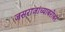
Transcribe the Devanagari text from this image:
जसराजांच्याबरोबर